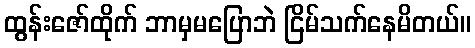
ထွန်းဇော်ထိုက် ဘာမှမပြောဘဲ ငြိမ်သက်နေမိတယ်။